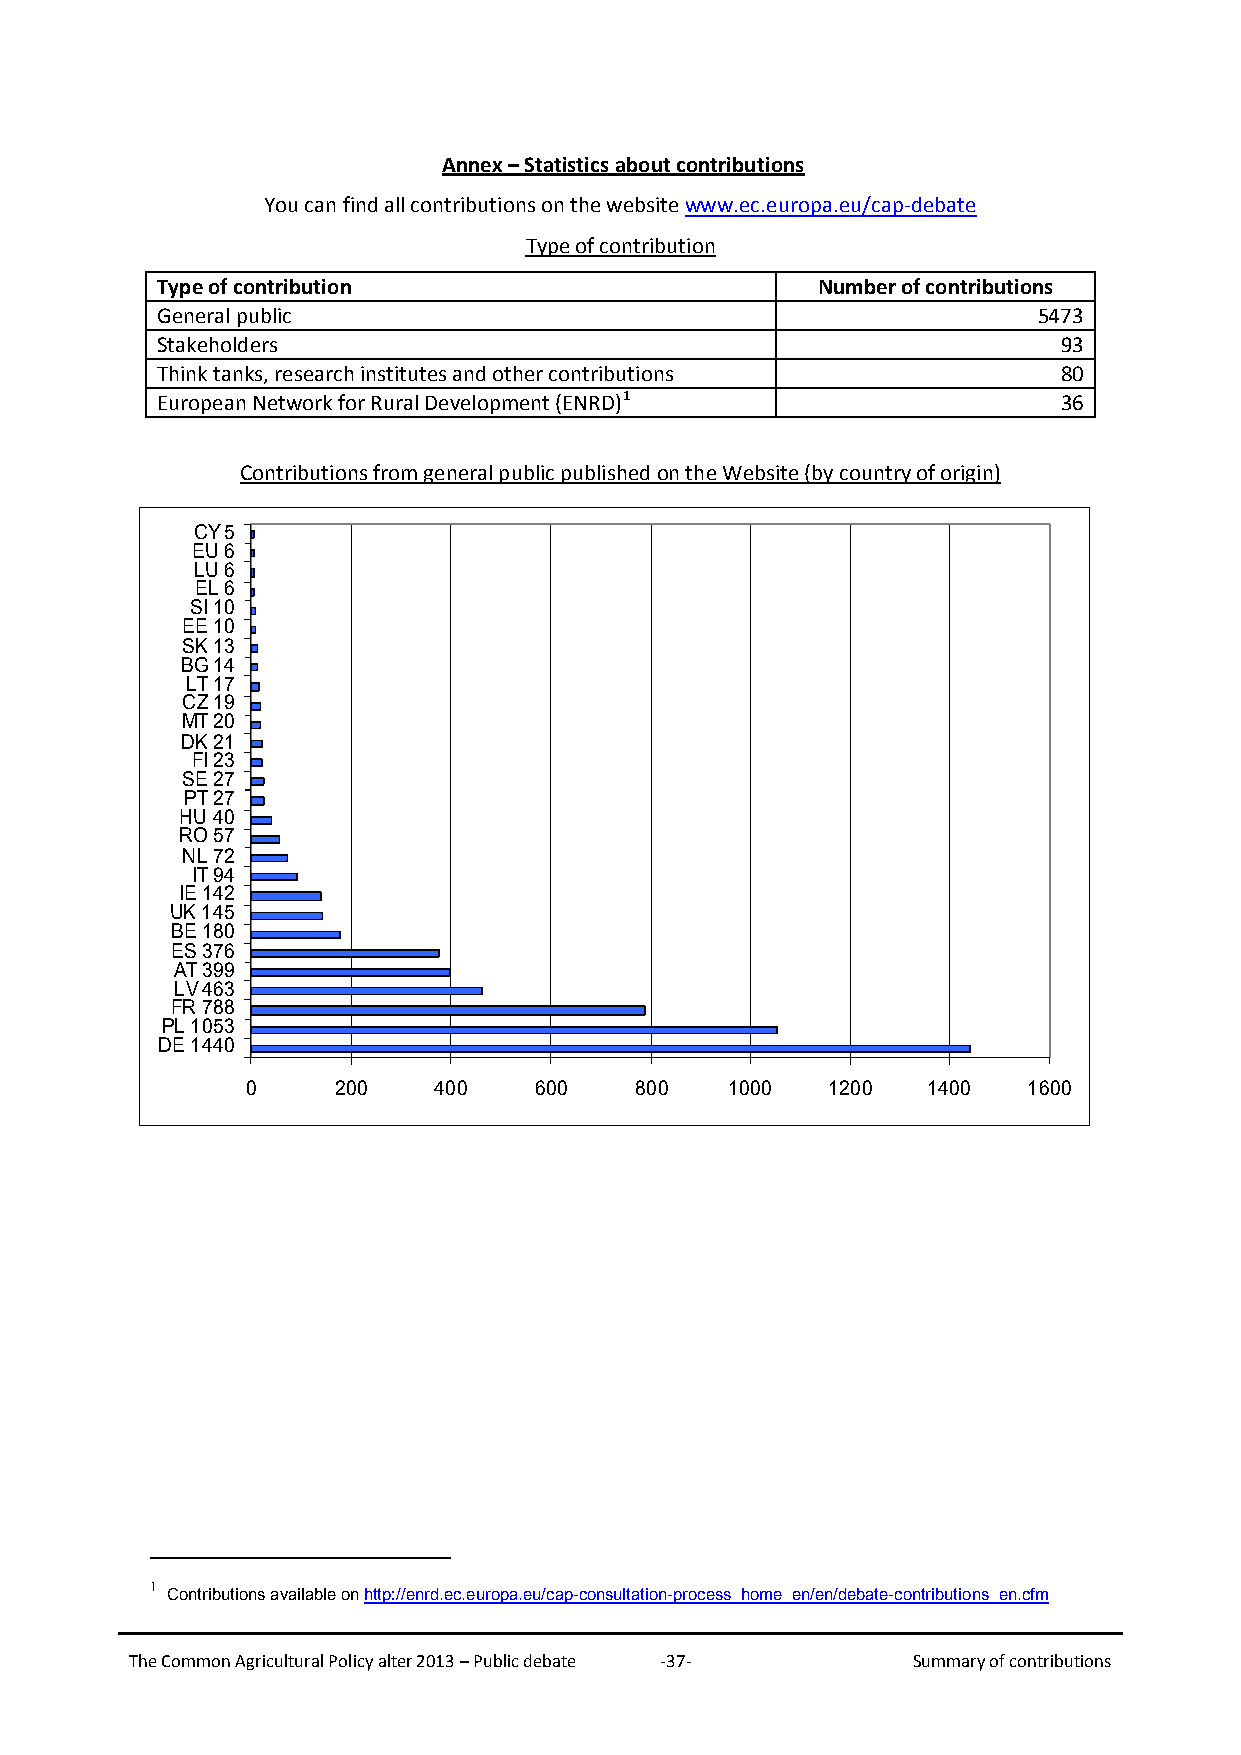
Annex – Statistics about contributions
 You can find all contributions on the website www.ec.europa.eu/cap-debate
 Type of contribution
 Type of contribution                        Number of contributions
 General public                                             5473
 Stakeholders                                                93
 Think tanks, research institutes and other contributions    80
 European Network for Rural Development (ENRD)1              36
 Contributions from general public published on the Website (by country of origin)
 CY 5
 EU 6
 LU 6
 EL 6
 SI 10
 EE 10
 SK 13
 BG 14
 LT 17
 CZ 19
 MT 20
 DK 21
 FI 23
 SE 27
 PT 27
 HU 40
 RO 57
 NL 72
 IT 94
 IE 142
 UK 145
 BE 180
 ES 376
 AT 399
 LV 463
 FR 788
 PL 1053
 DE 1440
 0     200    400   600    800   1000   1200  1400   1600
 1
 Contributions available on http://enrd.ec.europa.eu/cap-consultation-process_home_en/en/debate-contributions_en.cfm
 The Common Agricultural Policy alter 2013 – Public debate -37- Summary of contributions